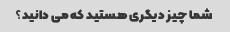
شما چیز دیگری هستید که می دانید؟